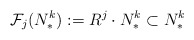
\begin{align*} \mathcal{F}_j(N_*^k) := R^j \cdot N_*^k \subset N_*^k\end{align*}